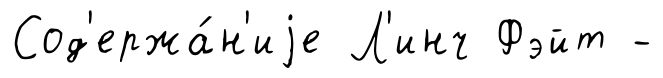
Сод'ержа́н'иjе Л'инч Фэйт -